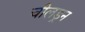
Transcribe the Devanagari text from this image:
चीलड्रन